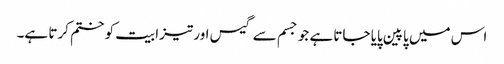
اس میں پاپین پایا جاتا ہے جو جسم سے گیس اور تیزابیت کو ختم کرتا ہے۔